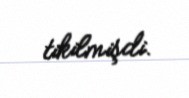
tikilmişdi.